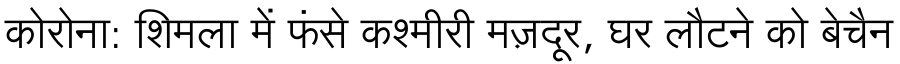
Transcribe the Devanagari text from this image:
कोरोना: शिमला में फंसे कश्मीरी मज़दूर, घर लौटने को बेचैन